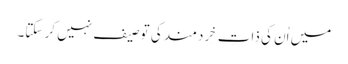
میں اُن کی ذاتِ خِردمند کی توصیف نہیں کر سکتا۔